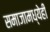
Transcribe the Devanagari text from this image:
समाजामध्येही